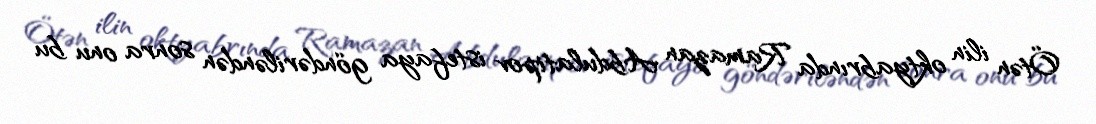
Ötən ilin oktyabrında Ramazan Abdulatipov istefaya göndəriləndən sonra onu bu